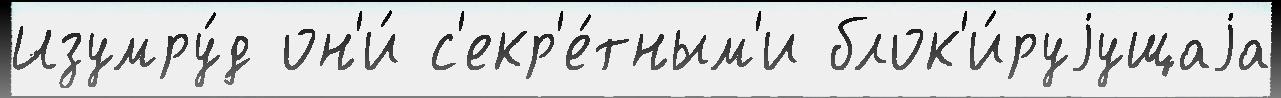
Изумру́д он'и́ с'екр'е́тным'и блок'и́руjущаjа